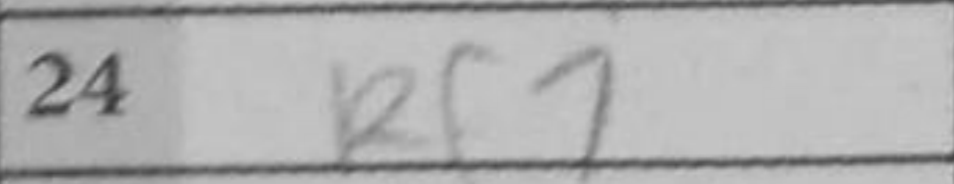
Transcription: Rf7